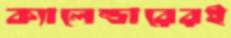
ক্যালেন্ডারেরই